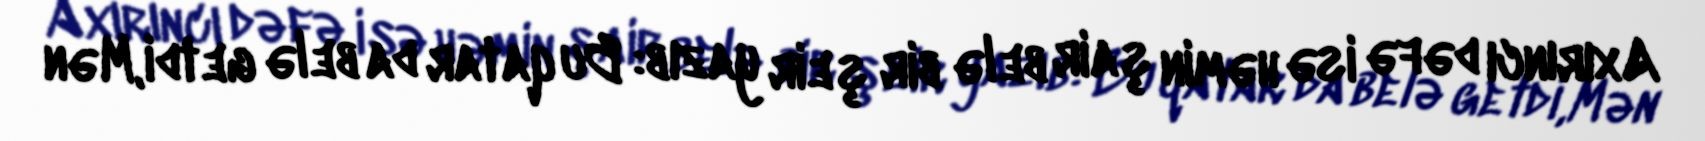
Axırıncı dəfə isə həmin şair belə bir şeir yazıb: Bu qatar da belə getdi,Mən